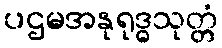
ပဌမအနုရုဒ္ဓသုတ္တံ